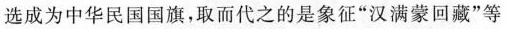
选成为中华民国国旗，取而代之的是象征“汉满蒙回藏”等